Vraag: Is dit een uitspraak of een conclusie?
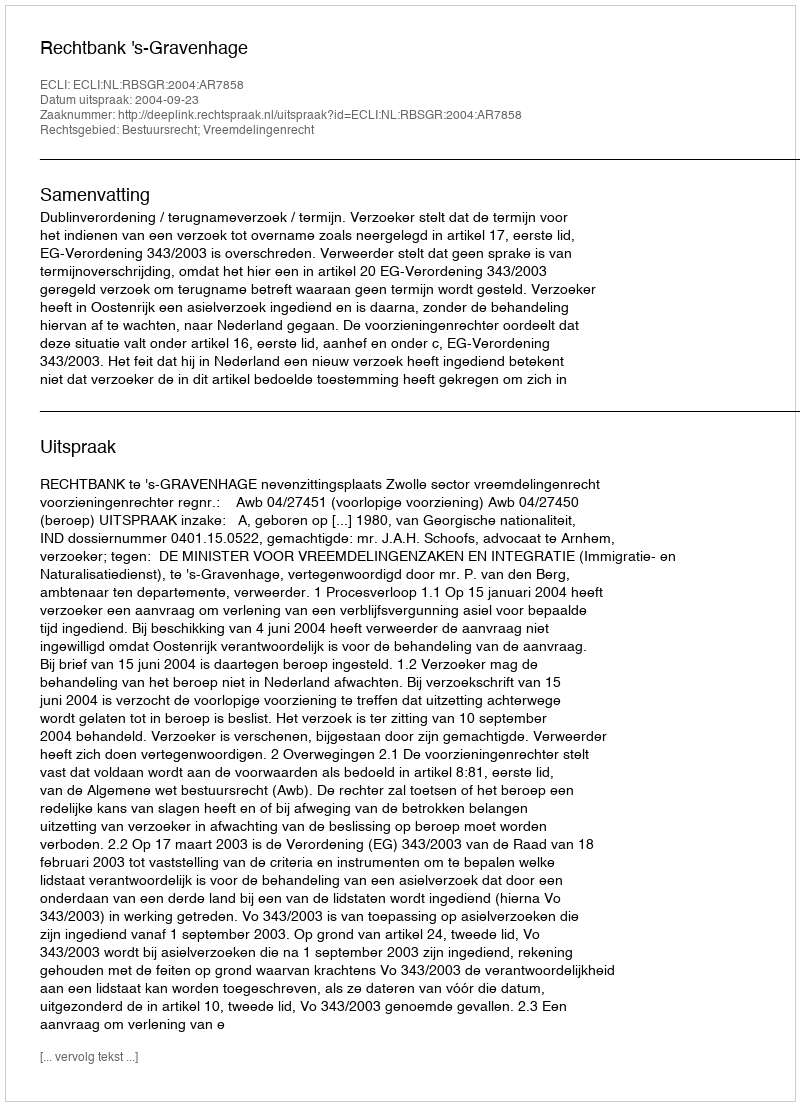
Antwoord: Uitspraak